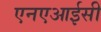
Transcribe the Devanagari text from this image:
एनएआईसी